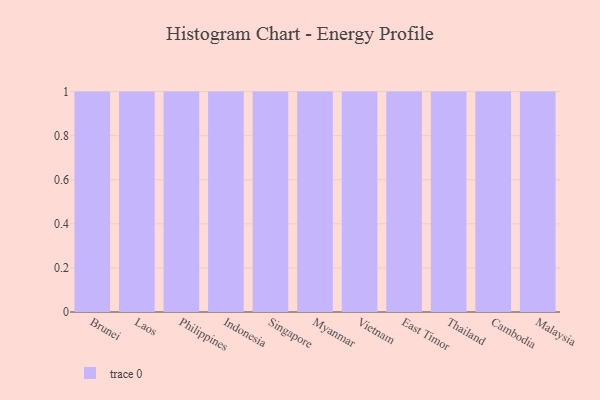
{"axis": {"x": "Country", "y": "Backlog"}, "legend": [""], "data": [{"x": "Brunei", "y": 73, "type": ""}, {"x": "Laos", "y": 63, "type": ""}, {"x": "Philippines", "y": 94, "type": ""}, {"x": "Indonesia", "y": 60, "type": ""}, {"x": "Singapore", "y": 100, "type": ""}, {"x": "Myanmar", "y": 1, "type": ""}, {"x": "Vietnam", "y": 100, "type": ""}, {"x": "East Timor", "y": 46, "type": ""}, {"x": "Thailand", "y": 15, "type": ""}, {"x": "Cambodia", "y": 47, "type": ""}, {"x": "Malaysia", "y": 48, "type": ""}]}